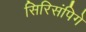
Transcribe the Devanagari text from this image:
सिरिसंपिगे